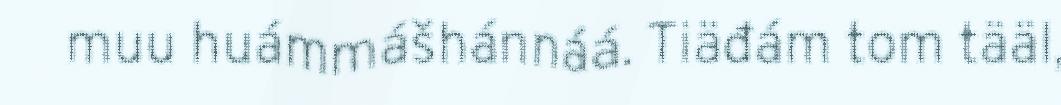
muu huámmášhánnáá. Tiäđám tom tääl,